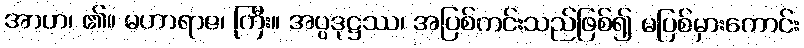
အာဟ၊ ၏။ မဟာရာဇ၊ ကြီး။ အပ္ပဒုဋ္ဌဿ၊ အပြစ်ကင်းသည်ဖြစ်၍ မပြစ်မှားကောင်း